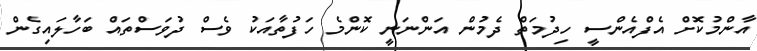
އާންމުކޮށް އެފްއެންސީ ހިދުމަތް ދެމުން އަންނަނީ ކޮންމެ ހަފުތާއަކު ވެސް ދުވަސްތައް ބަހާލައިގެން